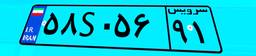
۵۸S۰۵۶۹۱